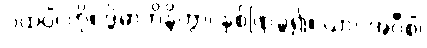
ပထဝိံ၊ ကို။ ဒွိဓာဘိန္ဒိတွာ၊ နှစ်ဖြာခွဲ၍။ ယာဝအဝီစိံ၊